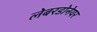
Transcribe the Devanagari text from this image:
लेबरडोनेयर